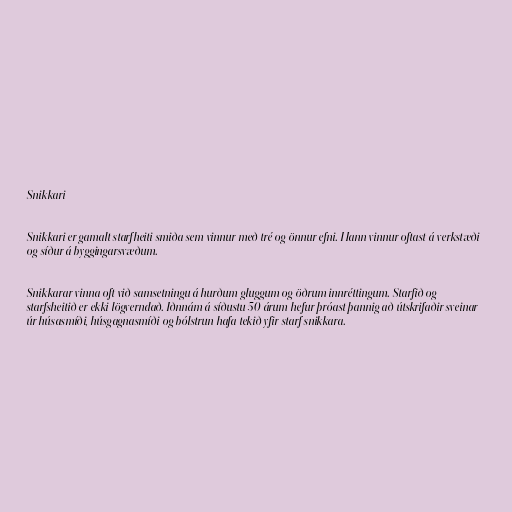
Snikkari

Snikkari er gamalt starfheiti smiða sem vinnur með tré og önnur efni. Hann vinnur oftast á verkstæði
og síður á byggingarsvæðum.

Snikkarar vinna oft við samsetningu á hurðum gluggum og öðrum innréttingum. Starfið og
starfsheitið er ekki lögverndað. Iðnnám á síðustu 50 árum hefur þróast þannig að útskrifaðir sveinar
úr húsasmíði, húsgagnasmíði og bólstrun hafa tekið yfir starf snikkara.